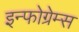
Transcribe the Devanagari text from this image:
इन्फोग्रेम्स